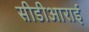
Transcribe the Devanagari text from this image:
सीडीआराई